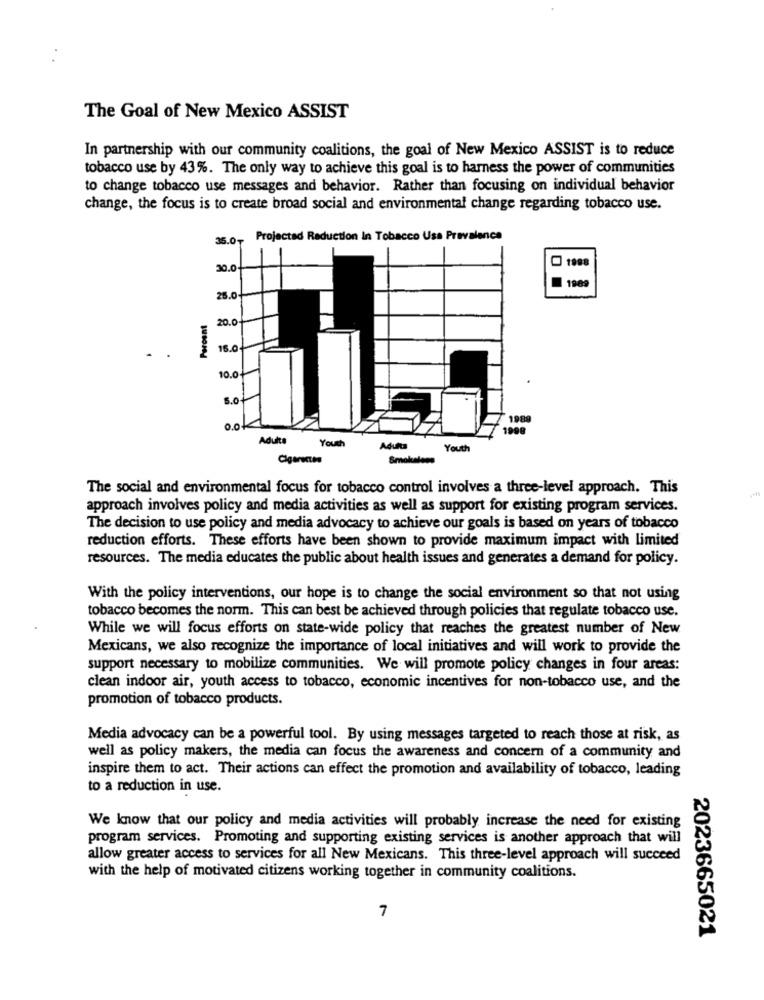
The Goal of New Mexico ASSIST
In partnership with our community coalitions, the goal of New Mexico ASSIST is to reduce
tobacco use by 43 %. The only way to achieve this goal is to harness the power of communities
to change tobacco use messages and behavior. Rather than focusing on individual behavior
change, the focus is to create broad social and environmental change regarding tobacco use.
35.0₸
Projected Reduction In Tobacco Usa Prevalence
30.0-
1888
1989
26.0
Percent
20.0
16.0
10.0
5.0+
1988
0.0
1998
Adulta
Youth
Aduna
Youth
Cigarıcına
Smokeless
The social and environmental focus for tobacco control involves a three-level approach. This
approach involves policy and media activities as well as support for existing program services.
The decision to use policy and media advocacy to achieve our goals is based on years of tobacco
reduction efforts. These efforts have been shown to provide maximum impact with Limited
resources. The media educates the public about health issues and generates a demand for policy.
With the policy interventions, our hope is to change the social environment so that not using
tobacco becomes the norm. This can best be achieved through policies that regulate tobacco use.
While we will focus efforts on state-wide policy that reaches the greatest number of New
Mexicans, we also recognize the importance of local initiatives and will work to provide the
support necessary to mobilize communities. We will promote policy changes in four areas:
clean indoor air, youth access to tobacco, economic incentives for non-tobacco use, and the
promotion of tobacco products.
Media advocacy can be a powerful tool. By using messages targeted to reach those at risk, as
well as policy makers, the media can focus the awareness and concern of a community and
inspire them to act. Their actions can effect the promotion and availability of tobacco, leading
to a reduction in use.
We know that our policy and media activities will probably increase the need for existing
program services. Promoting and supporting existing services is another approach that will
allow greater access to services for all New Mexicans. This three-level approach will succeed
with the help of motivated citizens working together in community coalitions.
7
2023665021